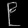
Digit: ၉